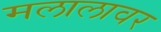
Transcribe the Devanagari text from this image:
मलालावर